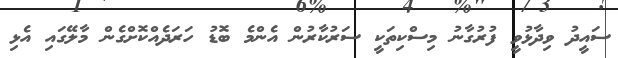
ސައީދު ވިދާޅުވީ ފުރުގާނު މިސްކިތަކީ ސަރުކާރުން އެންމެ ބޮޑު ހަރަދެއްކޮށްގެން މާލޭގައި އެޅި